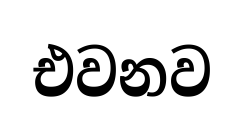
එවනව